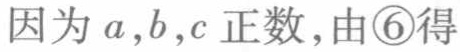
因为 \(a,b,c\) 正数，由\textcircled{6}得